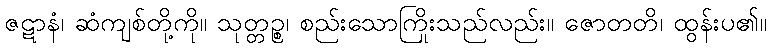
ဇဋာနံ၊ ဆံကျစ်တို့ကို။ သုတ္တဉ္စ၊ စည်းသောကြိုးသည်လည်း။ ဇောတတိ၊ ထွန်းပ၏။